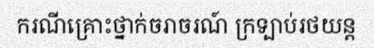
ករណីគ្រោះថ្នាក់ចរាចរណ៍ ក្រទ្បាប់រថយន្ត